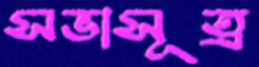
সভাসূত্র